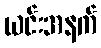
ယင်းအနက်